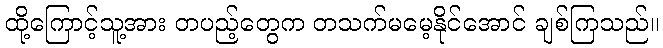
ထို့ကြောင့်သူ့အား တပည့်တွေက တသက်မမေ့နိုင်အောင် ချစ်ကြသည်။